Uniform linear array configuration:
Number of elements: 12
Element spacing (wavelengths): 1
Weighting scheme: uniform
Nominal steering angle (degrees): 15
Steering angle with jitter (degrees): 14.452
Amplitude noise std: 0.05
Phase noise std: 0.05

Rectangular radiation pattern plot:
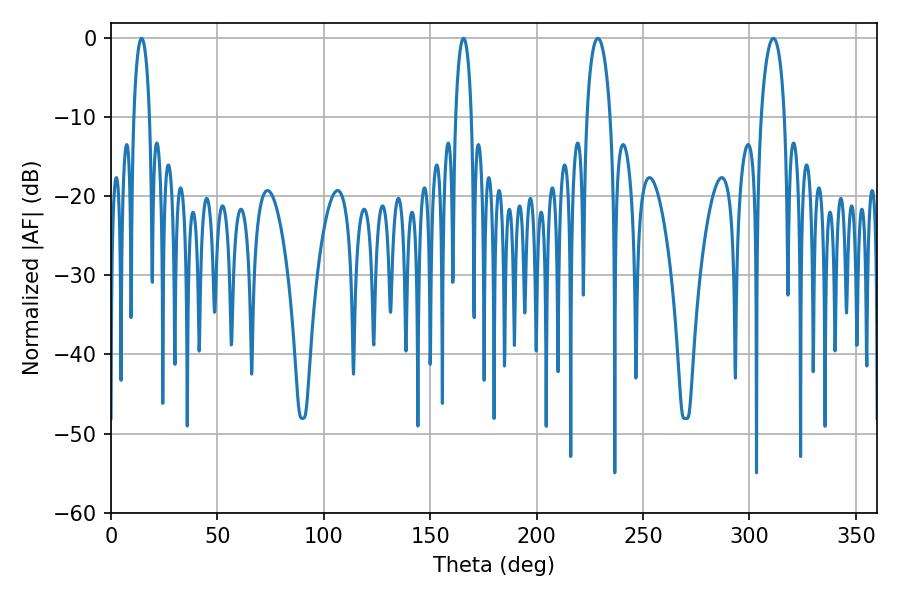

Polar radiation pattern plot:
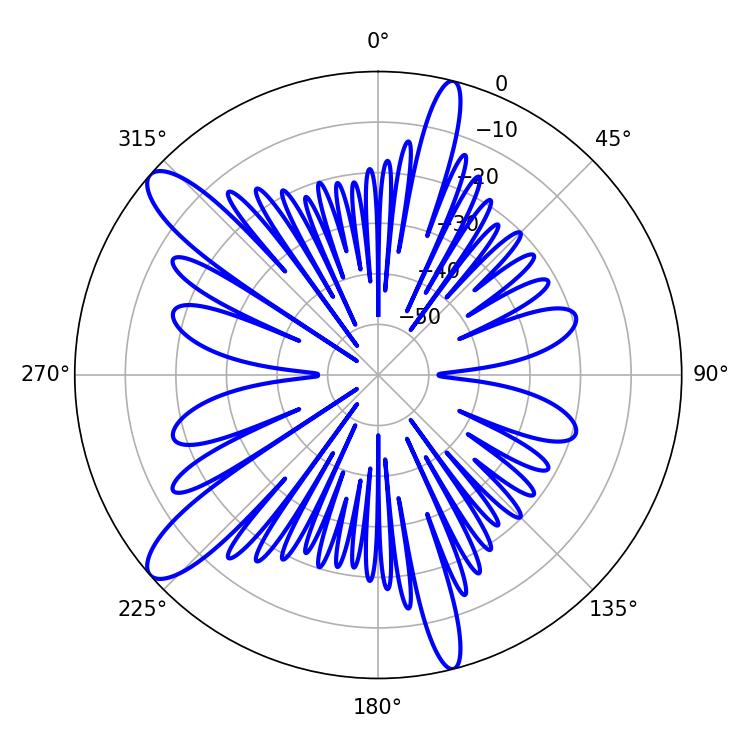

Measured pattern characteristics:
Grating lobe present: TRUE
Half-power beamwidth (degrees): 6.3
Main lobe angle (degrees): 228.78